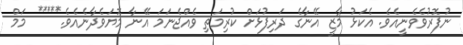
ނުފޮރުވެވެނީއެވެ. އެކަޅު މާޒީ އޭނާގެ ދަރިފުޅަށް ކުރިމަތި ވެއްޖެނަމަ އޭނާ މޮޔަވެދާނެއެވެ.***** މަމް